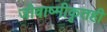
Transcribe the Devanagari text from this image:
जीवाष्मीकृतही